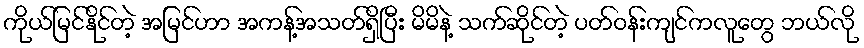
ကိုယ်မြင်နိုင်တဲ့ အမြင်ဟာ အကန့်အသတ်ရှိပြီး မိမိနဲ့ သက်ဆိုင်တဲ့ ပတ်ဝန်းကျင်ကလူတွေ ဘယ်လို